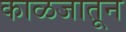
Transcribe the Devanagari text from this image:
काळजातून